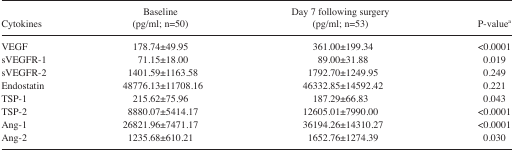
| Cytokines | Baseline (pg/ml; n=50) | Day 7 following surgery (pg/ml; n=53) | P-valuea |
 | --- | --- | --- | --- |
 | VEGF | 178.74±49.95 | 361.00±199.34 | <0.0001 |
 | sVEGFR-1 | 71.15±18.00 | 89.00±31.88 | 0.019 |
 | sVEGFR-2 | 1401.59±1163.58 | 1792.70±1249.95 | 0.249 |
 | Endostatin | 48776.13±11708.16 | 46332.85±14592.42 | 0.221 |
 | TSP-1 | 215.62±75.96 | 187.29±66.83 | 0.043 |
 | TSP-2 | 8880.07±5414.17 | 12605.01±7990.00 | <0.0001 |
 | Ang-1 | 26821.96±7471.17 | 36194.26±14310.27 | <0.0001 |
 | Ang-2 | 1235.68±610.21 | 1652.76±1274.39 | 0.030 |